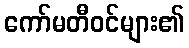
ကော်မတီဝင်များ၏